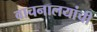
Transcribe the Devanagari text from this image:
वाचनालयांची